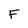
Character: F